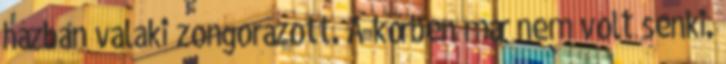
házban valaki zongorázott. A körben már nem volt senki.